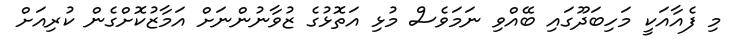
މި ފެއާއަކީ މަހިބަދޫގައި ބޭއްވި ނަމަވެސް މުޅި އަތޮޅުގެ ޒުވާނުންނަށް އަމާޒުކޮށްގެން ކުރިއަށް